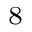
^ { 8 }